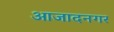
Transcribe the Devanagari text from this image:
आजादनगर